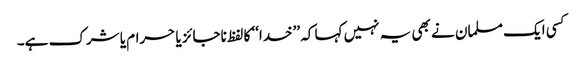
کسی ایک مسلمان نے بھی یہ نہیں کہا کہ ’’خدا‘‘ کا لفظ ناجائز یا حرام یا شرک ہے۔